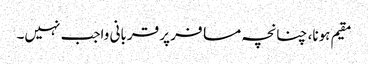
مقیم ہونا، چنانچہ مسافر پر قربانی واجب نہیں۔